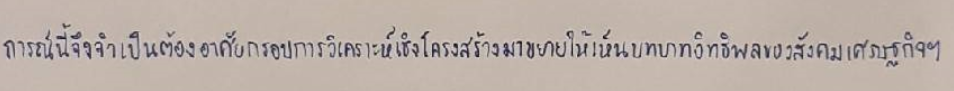
การณ์นี้จึงจำเป็นต้องอาศัยกรอบการวิเคราะห์เชิงโครงสร้างมาขยายให้เห็นบทบาทอิทธิพลของสังคมเศรษฐกิจฯ